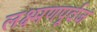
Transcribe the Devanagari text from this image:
लक्ष्मणपूर्वजं